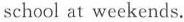
school at weekends.